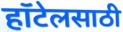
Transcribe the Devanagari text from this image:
हॉटेलसाठी